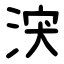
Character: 涋